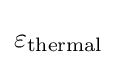
\varepsilon _{\mathrm {thermal} }